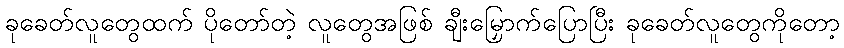
ခုခေတ်လူတွေထက် ပိုတော်တဲ့ လူတွေအဖြစ် ချီးမြှောက်ပြောပြီး ခုခေတ်လူတွေကိုတော့